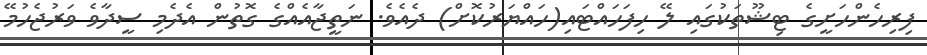
ފިރިހެންހަށީގެ ޓިޝޫތަކުގައި ލޭ ހިފަހައްޓައި(ހައްޔަރުކޮށް) ދެއެވެ. ނަތީޖާއެއްގެ ގޮތުން އެދެމި ސީދާވެ ވަރުޖެހުމޭ